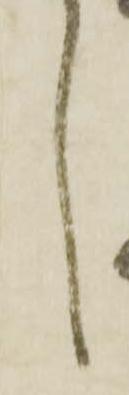
し